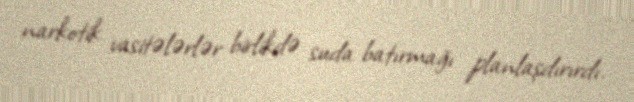
narkotik vasitələrlər birlikdə suda batırmağı planlaşdırırdı.